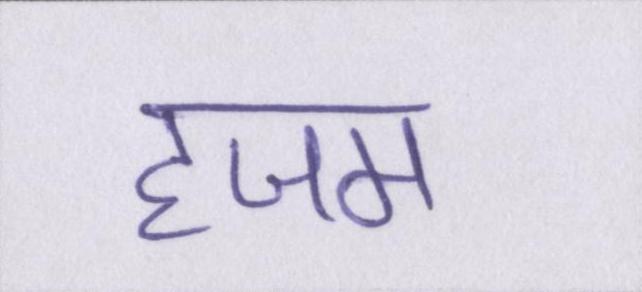
हजम